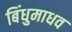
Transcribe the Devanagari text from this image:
बिंधुमाधव